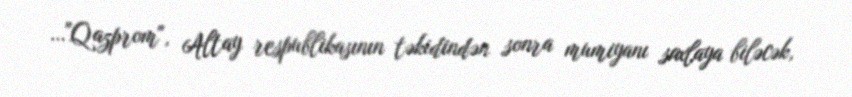
…"Qazprom", Altay respublikasının təkidindən sonra mumiyanı saxlaya biləcək,